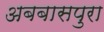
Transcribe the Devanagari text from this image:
अबबासपुरा